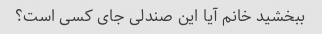
ببخشید خانم آیا این صندلی جای کسی است؟